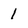
Character: 1